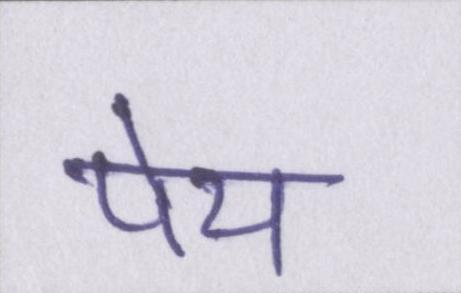
पेय